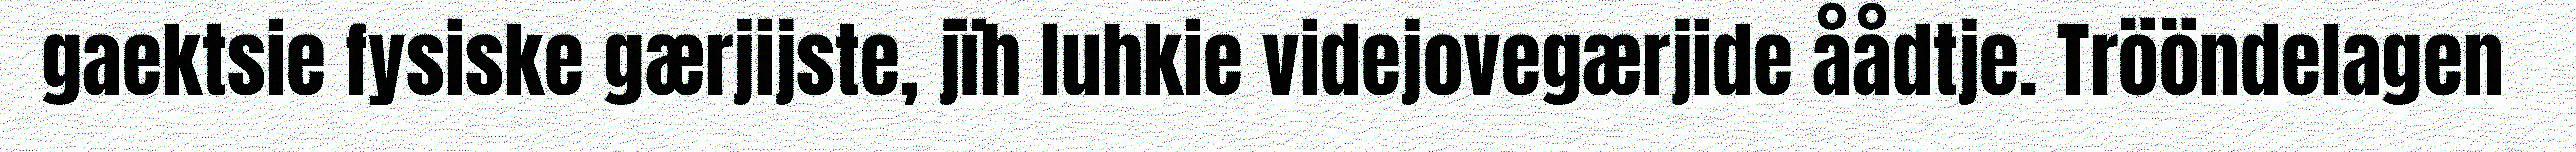
gaektsie fysiske gærjijste, jïh luhkie videjovegærjide åådtje. Trööndelagen